Regulations for the medical services of the Army of India
Year: 1930
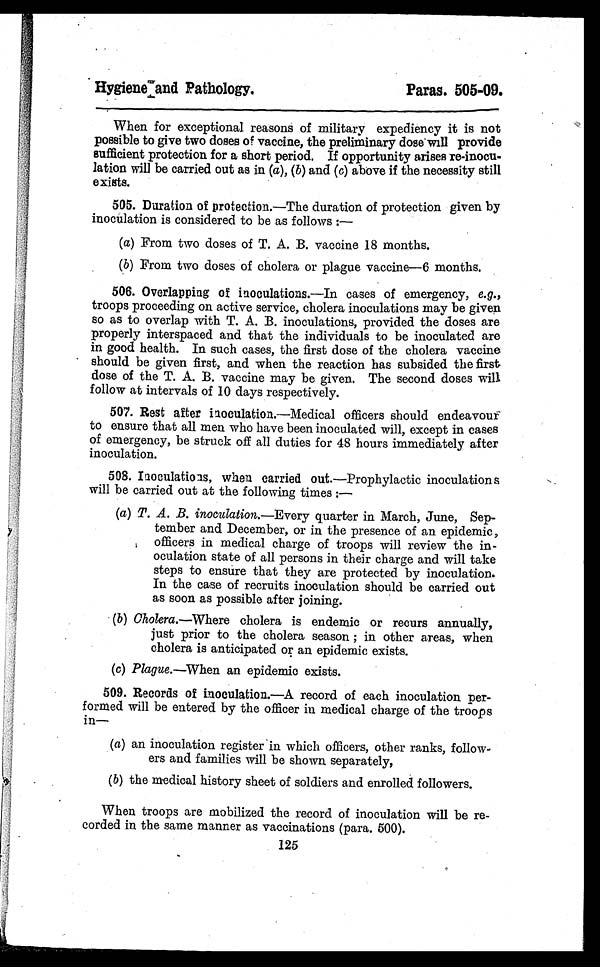
Hygiene and Pathology.
Paras. 505-09.
When for exceptional reasons of military expediency it is not
possible to give two doses of vaccine, the preliminary dose will provide
sufficient protection for a short period. If opportunity arises re-inocu-
lation will be carried out as in (a), ( b) and ( c) above if the necessity still
exists.
505. Duration of protection.—The duration of protection given by
inoculation is considered to be as follows:
—
(a) From two doses of T. A. B. vaccine 18 months.
(b) From two doses of cholera or plague vaccine-6 months.
506. Overlapping of inoculations. —In cases of emergency, e.g.,
troops proceeding on active service, cholera inoculations may be given
so as to overlap with T. A. B. inoculations, provided the doses are
properly interspaced and that the individuals to be inoculated are
in good health. In such cases, the first dose of the cholera vaccine
should be given first, and when the reaction has subsided the first
dose of the T. A. B. vaccine may be given. The second doses will
follow at intervals of 10 days respectively.
507. Rest after inoculation.—Medical officers should endeavour
to ensure that all men who have been inoculated will, except in cases
of emergency, be struck off all duties for 48 hours immediately after
inoculation.
508. Inoculations, when carried out. —Prophylactic inoculations
will be carried out at the following times:—
(a) T. A. B. inoculation.— Every quarter in March, June, Sep-
tember and December, or in the presence of an epidemic,
officers in medical charge of troops will review the in-
oculation state of all persons in their charge and will take
steps to ensure that they are protected by inoculation.
In the case of recruits inoculation should be carried out
as soon as possible after joining.
(b) Cholera.—Where cholera is endemic or recurs annually,
just prior to the cholera season ; in other areas, when
cholera is anticipated or an epidemic exists.
(c) Plague.— W h e n a n e p i d e m i c e x i s t s .
509. Records of inoculation. —A record of each inoculation per-
formed will be entered by the officer in medical charge of the troops
in—
( a) an inoculation register in which officers, other ranks, follow-
ers and families will be shown separately,
(b) the medical history sheet of soldiers and enrolled followers.
When troops are mobilized the record of inoculation will be re-
corded in the same manner as vaccinations (para. 500).
125